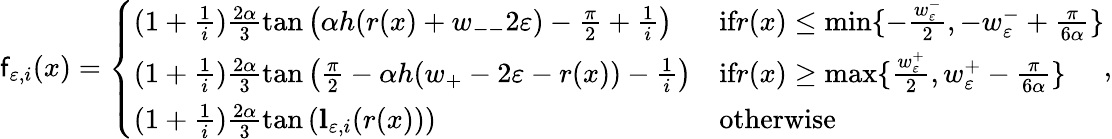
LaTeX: \mathsf{f}_{\varepsilon,i}(x)=\left\{ \begin{array}{ll}{(1+\frac{1}{i})\frac{2\alpha}{3}\tan\left(\alpha h(r(x)+w_{--}2\varepsilon)-\frac{\pi}{2}+\frac{1}{i}\right)}&{\textnormal{if}r(x)\le\operatorname*{min}\{ -\frac{w_{\varepsilon}^{-}}{2},-w_{\varepsilon}^{-}+\frac{\pi}{6\alpha}\} }\\ {(1+\frac{1}{i})\frac{2\alpha}{3}\tan\left(\frac{\pi}{2}-\alpha h(w_{+}-2\varepsilon-r(x))-\frac{1}{i}\right)}&{\textnormal{if}r(x)\ge\operatorname*{max}\{ \frac{w_{\varepsilon}^{+}}{2},w_{\varepsilon}^{+}-\frac{\pi}{6\alpha}\} }\\ {(1+\frac{1}{i})\frac{2\alpha}{3}\tan\left(\mathbf{l}_{\varepsilon,i}(r(x))\right)}&{\textnormal{otherwise}}\end{array}\right.,